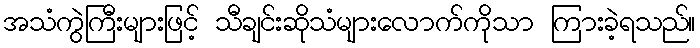
အသံကွဲကြီးများဖြင့် သီချင်းဆိုသံများလောက်ကိုသာ ကြားခဲ့ရသည်။